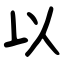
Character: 以